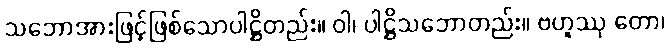
သဘောအားဖြင့်ဖြစ်သောပါဋ္ဌိတည်း။ ဝါ၊ ပါဋ္ဌိသဘောတည်း။ ဗဟူဿု တော၊